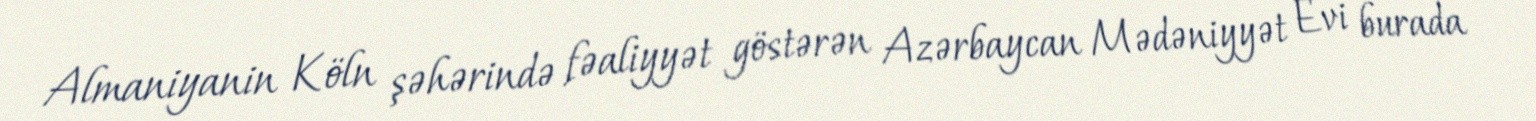
Almaniyanin Köln şəhərində fəaliyyət göstərən Azərbaycan Mədəniyyət Evi burada